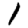
Digit: 1